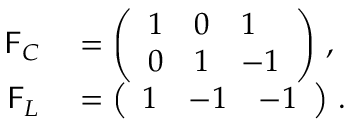
\begin{array} { r l } { \mathsf { F } _ { C } } & { { } = \left( \begin{array} { l l l } { 1 } & { 0 } & { 1 } \\ { 0 } & { 1 } & { - 1 } \end{array} \right) \, , } \\ { \mathsf { F } _ { L } } & { { } = \left( \begin{array} { l l l } { 1 } & { - 1 } & { - 1 } \end{array} \right) \, . } \end{array}